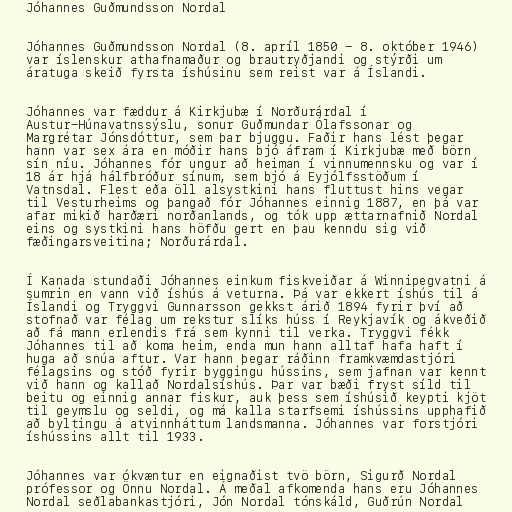
Jóhannes Guðmundsson Nordal

Jóhannes Guðmundsson Nordal (8. apríl 1850 - 8. október 1946)
var íslenskur athafnamaður og brautryðjandi og stýrði um
áratuga skeið fyrsta íshúsinu sem reist var á Íslandi.

Jóhannes var fæddur á Kirkjubæ í Norðurárdal í
Austur-Húnavatnssýslu, sonur Guðmundar Ólafssonar og
Margrétar Jónsdóttur, sem þar bjuggu. Faðir hans lést þegar
hann var sex ára en móðir hans bjó áfram í Kirkjubæ með börn
sín níu. Jóhannes fór ungur að heiman í vinnumennsku og var í
18 ár hjá hálfbróður sínum, sem bjó á Eyjólfsstöðum í
Vatnsdal. Flest eða öll alsystkini hans fluttust hins vegar
til Vesturheims og þangað fór Jóhannes einnig 1887, en þá var
afar mikið harðæri norðanlands, og tók upp ættarnafnið Nordal
eins og systkini hans höfðu gert en þau kenndu sig við
fæðingarsveitina; Norðurárdal.

Í Kanada stundaði Jóhannes einkum fiskveiðar á Winnipegvatni á
sumrin en vann við íshús á veturna. Þá var ekkert íshús til á
Íslandi og Tryggvi Gunnarsson gekkst árið 1894 fyrir því að
stofnað var félag um rekstur slíks húss í Reykjavík og ákveðið
að fá mann erlendis frá sem kynni til verka. Tryggvi fékk
Jóhannes til að koma heim, enda mun hann alltaf hafa haft í
huga að snúa aftur. Var hann þegar ráðinn framkvæmdastjóri
félagsins og stóð fyrir byggingu hússins, sem jafnan var kennt
við hann og kallað Nordalsíshús. Þar var bæði fryst síld til
beitu og einnig annar fiskur, auk þess sem íshúsið keypti kjöt
til geymslu og seldi, og má kalla starfsemi íshússins upphafið
að byltingu á atvinnháttum landsmanna. Jóhannes var forstjóri
íshússins allt til 1933.

Jóhannes var ókvæntur en eignaðist tvö börn, Sigurð Nordal
prófessor og Önnu Nordal. Á meðal afkomenda hans eru Jóhannes
Nordal seðlabankastjóri, Jón Nordal tónskáld, Guðrún Nordal